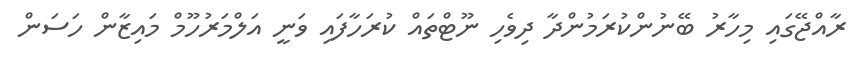
ރާއްޖޭގައި މިހާރު ބޭނުންކުރަމުންދާ ދިވެހި ނޫޓްތައް ކުރަހާފައި ވަނީ އަލްމަރުހޫމް މައިޒާން ހަސަން